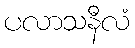
ပလာသနီလံ